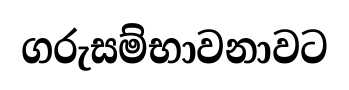
ගරුසම්භාවනාවට